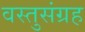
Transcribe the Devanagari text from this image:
वस्तुसंग्रह